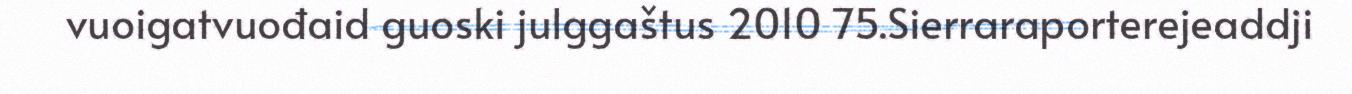
vuoigatvuođaid guoski julggaštus 2010 75.Sierraraporterejeaddji